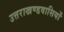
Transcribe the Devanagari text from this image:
उत्तराखण्डवासियों